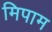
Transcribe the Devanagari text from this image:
मिपाम